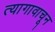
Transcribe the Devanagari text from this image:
त्यागावाचून